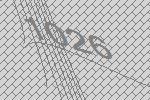
1026